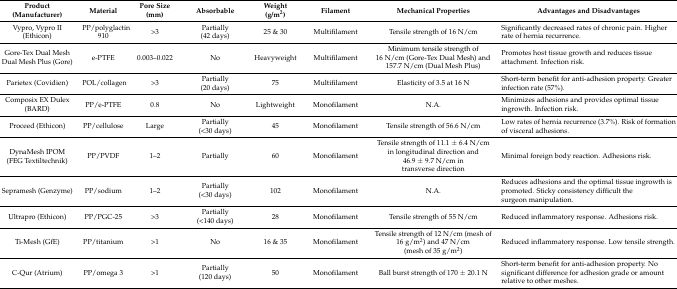
| Product (Manufacturer) | Material | Pore Size (mm) | Absorbable | Weight (g/m2) | Filament | Mechanical Properties | Advantages and Disadvantages |
 | --- | --- | --- | --- | --- | --- | --- | --- |
 | Vypro, Vypro II (Ethicon) | PP/polyglactin 910 | >3 | Partially (42 days) | 25 & 30 | Multifilament | Tensile strength of 16 N/cm | Significantly decreased rates of chronic pain. Higher rate of hernia recurrence. |
 | Gore-Tex Dual Mesh Dual Mesh Plus (Gore) | e-PTFE | 0.003–0.022 | No | Heavyweight | Multifilament | Minimum tensile strength of 16 N/cm (Gore-Tex Dual Mesh) and 157.7 N/cm (Dual Mesh Plus) | Promotes host tissue growth and reduces tissue attachment. Infection risk. |
 | Parietex (Covidien) | POL/collagen | >3 | Partially (20 days) | 75 | Multifilament | Elasticity of 3.5 at 16 N | Short-term benefit for anti-adhesion property. Greater infection rate (57%). |
 | Composix EX Dulex (BARD) | PP/e-PTFE | 0.8 | No | Lightweight | Monofilament | N.A. | Minimizes adhesions and provides optimal tissue ingrowth. Infection risk. |
 | Proceed (Ethicon) | PP/cellulose | Large | Partially (<30 days) | 45 | Monofilament | Tensile strength of 56.6 N/cm | Low rates of hernia recurrence (3.7%). Risk of formation of visceral adhesions. |
 | DynaMesh IPOM (FEG Textiltechnik) | PP/PVDF | 1–2 | Partially | 60 | Monofilament | Tensile strength of 11.1 ± 6.4 N/cm in longitudinal direction and 46.9 ± 9.7 N/cm in transverse direction | Minimal foreign body reaction. Adhesions risk. |
 | Sepramesh (Genzyme) | PP/sodium | 1–2 | Partially (<30 days) | 102 | Monofilament | N.A. | Reduces adhesions and the optimal tissue ingrowth is promoted. Sticky consistency difficult the surgeon manipulation. |
 | Ultrapro (Ethicon) | PP/PGC-25 | >3 | Partially (<140 days) | 28 | Monofilament | Tensile strength of 55 N/cm | Reduced inflammatory response. Adhesions risk. |
 | Ti-Mesh (GfE) | PP/titanium | >1 | No | 16 & 35 | Monofilament | Tensile strength of 12 N/cm (mesh of 16 g/m2) and 47 N/cm (mesh of 35 g/m2) | Reduced inflammatory response. Low tensile strength. |
 | C-Qur (Atrium) | PP/omega 3 | >1 | Partially (120 days) | 50 | Monofilament | Ball burst strength of 170 ± 20.1 N | Short-term benefit for anti-adhesion property. No significant difference for adhesion grade or amount relative to other meshes. |